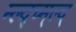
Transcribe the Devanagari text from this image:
म्ल्द्च्म्ल्द्